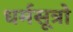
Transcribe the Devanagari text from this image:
धर्मसूत्रो